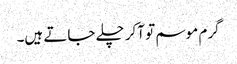
گرم موسم تو آکر چلے جاتے ہیں۔